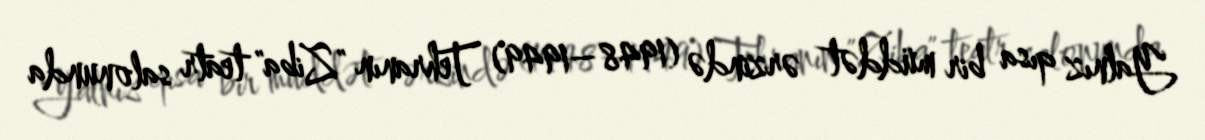
Yalnız qısa bir müddət ərzində (1948–1949) Tehranın "Ziba" teatr salonunda